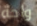
واحة